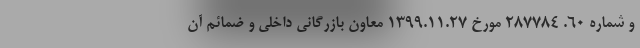
و شماره 60. 287784 مورخ 1399.11.27 معاون بازرگانی داخلی و ضمائم آن